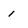
Character: 1